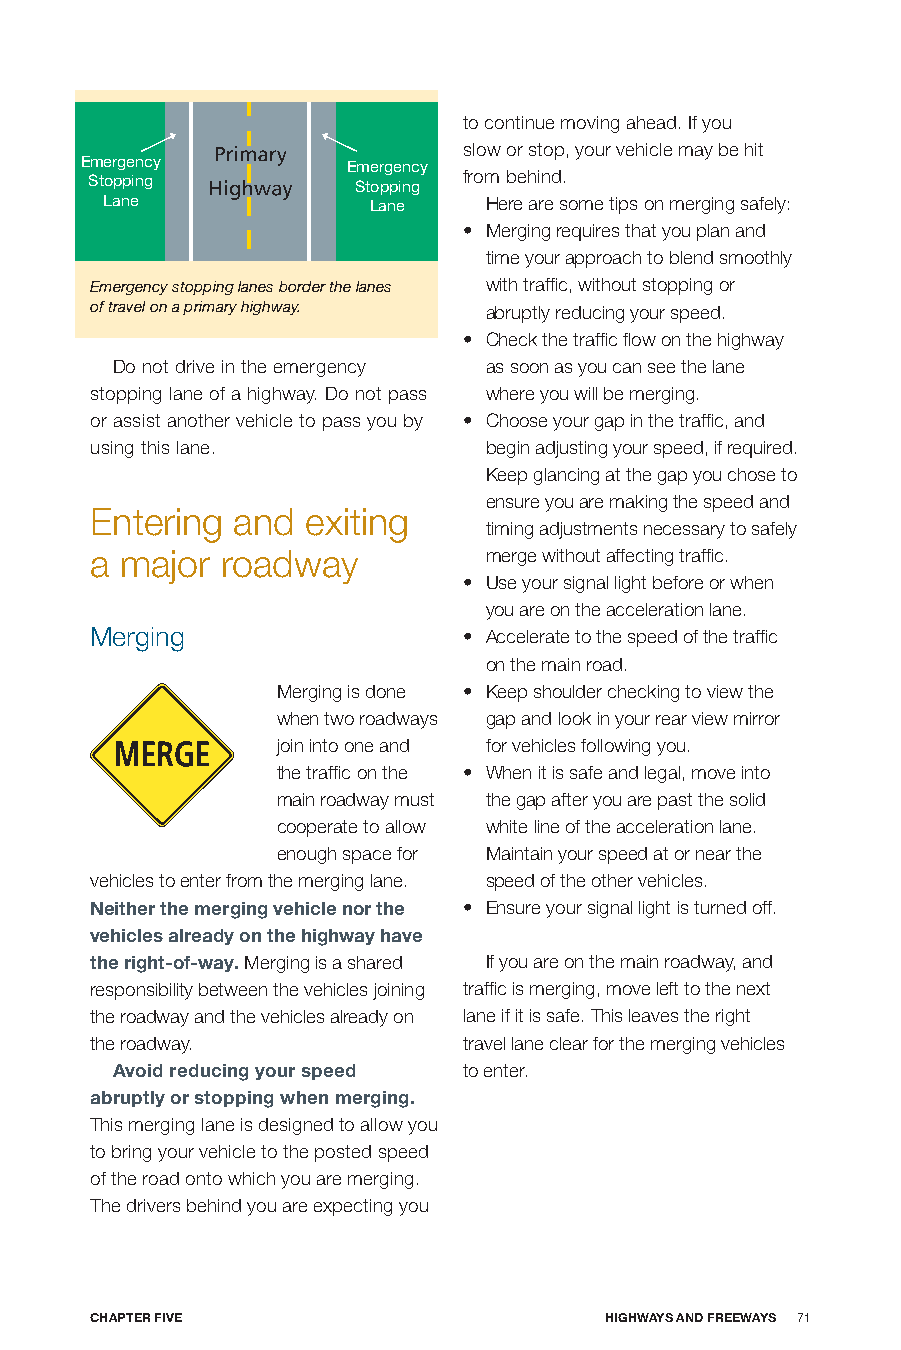
to continue moving ahead. If you
 slow or stop, your vehicle may be hit
 Emergency         Emergency
 Stopping         Stopping from behind.
 Lane             Lane    Here are some tips on merging safely:
 • Merging requires that you plan and
 time your approach to blend smoothly
 Emergency stopping lanes border the lanes with traffic, without stopping or
 of travel on a primary highway. abruptly reducing your speed.
 • Check the traffic flow on the highway
 Do not drive in the emergency as soon as you can see the lane
 stopping lane of a highway. Do not pass where you will be merging.
 or assist another vehicle to pass you by • Choose your gap in the traffic, and
 using this lane.          begin adjusting your speed, if required.
 Keep glancing at the gap you chose to
 ensure you are making the speed and
 Entering and  exiting
 timing adjustments necessary to safely
 a major  roadway          merge without affecting traffic.
 • Use your signal light before or when
 you are on the acceleration lane.
 Merging                  • Accelerate to the speed of the traffic
 on the main road.
 Merging is done • Keep shoulder checking to view the
 when two roadways gap and look in your rear view mirror
 join into one and for vehicles following you.
 the traffic on the • When it is safe and legal, move into
 main roadway must the gap after you are past the solid
 cooperate to allow white line of the acceleration lane.
 enough space for Maintain your speed at or near the
 vehicles to enter from the merging lane. speed of the other vehicles.
 neither the merging vehicle nor the • Ensure your signal light is turned off.
 vehicles already on the highway have
 the right-of-way. Merging is a shared If you are on the main roadway, and
 responsibility between the vehicles joining traffic is merging, move left to the next
 the roadway and the vehicles already on lane if it is safe. This leaves the right
 the roadway.             travel lane clear for the merging vehicles
 Avoid reducing your speed to enter.
 abruptly or stopping when merging.
 This merging lane is designed to allow you
 to bring your vehicle to the posted speed
 of the road onto which you are merging.
 The drivers behind you are expecting you
 CHApTER fIVE                      HIGHwAyS AnD fREEwAyS 71